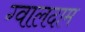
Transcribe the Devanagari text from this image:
ग्वालदाम